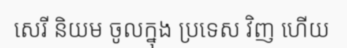
សេរី និយម ចូលក្នុង ប្រទេស វិញ ហើយ